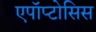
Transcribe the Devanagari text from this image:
एपॉप्टोसिस